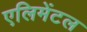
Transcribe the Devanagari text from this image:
एलिमेंटल